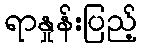
ရာနှုန်းပြည့်